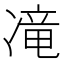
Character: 𱐊